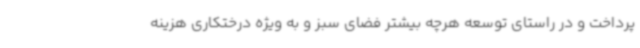
پرداخت و در راستای توسعه هرچه بیشتر فضای سبز و به ویژه درختکاری هزینه